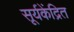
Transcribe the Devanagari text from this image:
सूर्यकेंद्रित